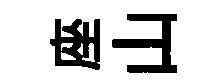
座山